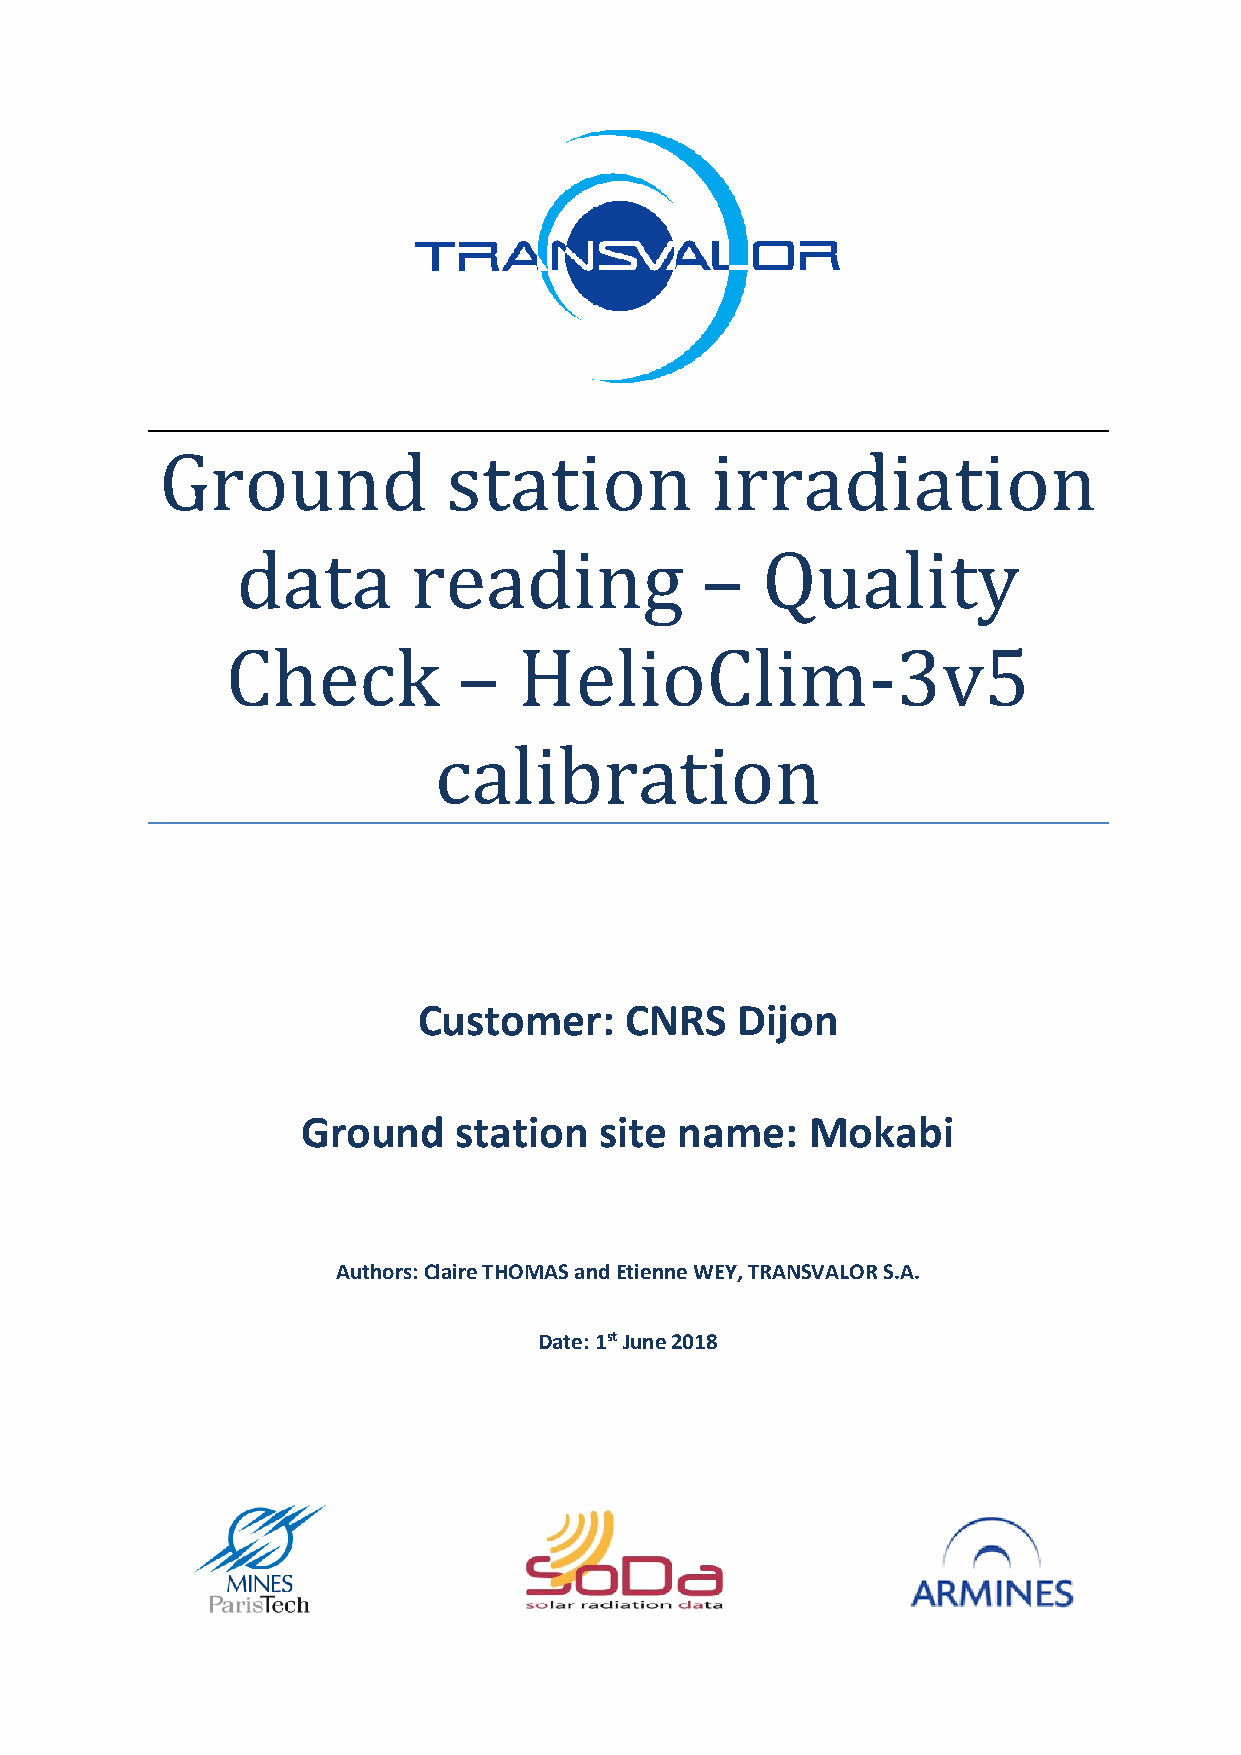
Ground             station          irradiation
 data       reading            –   Quality
 Check          –   HelioClim-3v5
 calibration
 Customer:    CNRS    Dijon
 Ground    station   site name:    Mokabi
 Authors: Claire THOMAS and Etienne WEY, TRANSVALOR S.A.
 Date: 1st June 2018